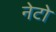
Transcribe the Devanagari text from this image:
नेटो